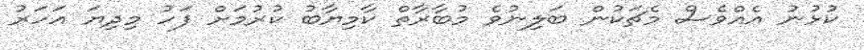
ކުޅުނު އެއްވެސް މެޗަކުން ބަލިނުވެ މުބާރާތް ކާމިޔާބު ކުރުމަށް ފަހު މިދިޔަ އަހަރު